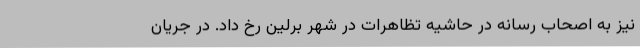
نیز به اصحاب رسانه در حاشیه تظاهرات در شهر برلین رخ داد. در جریان